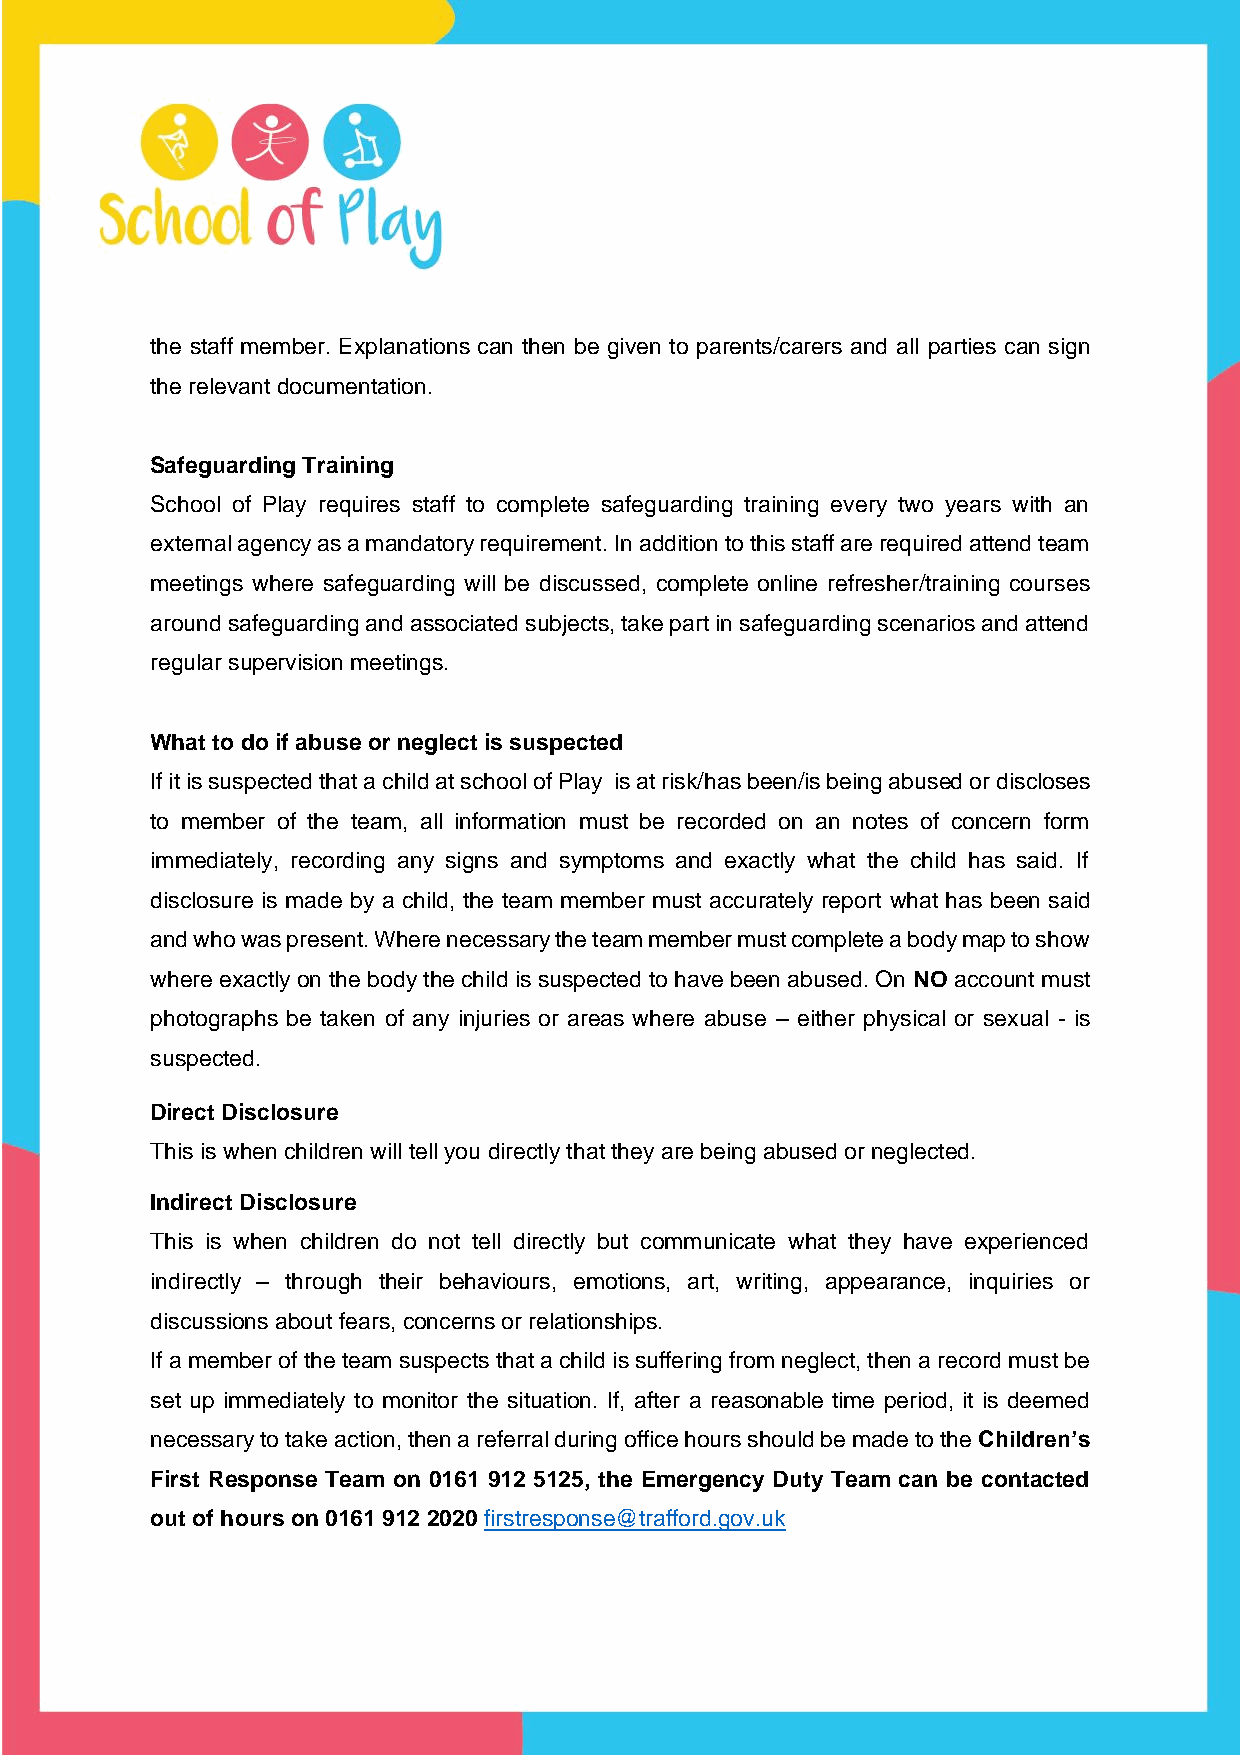
the staff member. Explanations can then be given to parents/carers and all parties can sign
 the relevant documentation.
 Safeguarding Training
 School of Play requires staff to complete safeguarding training every two years with an
 external agency as a mandatory requirement. In addition to this staff are required attend team
 meetings where safeguarding will be discussed, complete online refresher/training courses
 around safeguarding and associated subjects, take part in safeguarding scenarios and attend
 regular supervision meetings.
 What to do if abuse or neglect is suspected
 If it is suspected that a child at school of Play is at risk/has been/is being abused or discloses
 to member of the team, all information must be recorded on an notes of concern form
 immediately, recording any signs and symptoms and exactly what the child has said. If
 disclosure is made by a child, the team member must accurately report what has been said
 and who was present. Where necessary the team member must complete a body map to show
 where exactly on the body the child is suspected to have been abused. On NO account must
 photographs be taken of any injuries or areas where abuse – either physical or sexual - is
 suspected.
 Direct Disclosure
 This is when children will tell you directly that they are being abused or neglected.
 Indirect Disclosure
 This is when children do not tell directly but communicate what they have experienced
 indirectly – through their behaviours, emotions, art, writing, appearance, inquiries or
 discussions about fears, concerns or relationships.
 If a member of the team suspects that a child is suffering from neglect, then a record must be
 set up immediately to monitor the situation. If, after a reasonable time period, it is deemed
 necessary to take action, then a referral during office hours should be made to the Children’s
 First Response Team on 0161 912 5125, the Emergency Duty Team can be contacted
 out of hours on 0161 912 2020 firstresponse@trafford.gov.uk